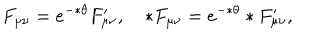
LaTeX: F _ { \mu \nu } = e ^ { - * \theta } F _ { \mu \nu } ^ { \prime } , \quad * F _ { \mu \nu } = e ^ { - * \theta } * F _ { \mu \nu } ^ { \prime } ,